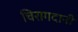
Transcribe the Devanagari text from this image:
चिरागदानी